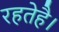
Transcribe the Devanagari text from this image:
रहतेहै।